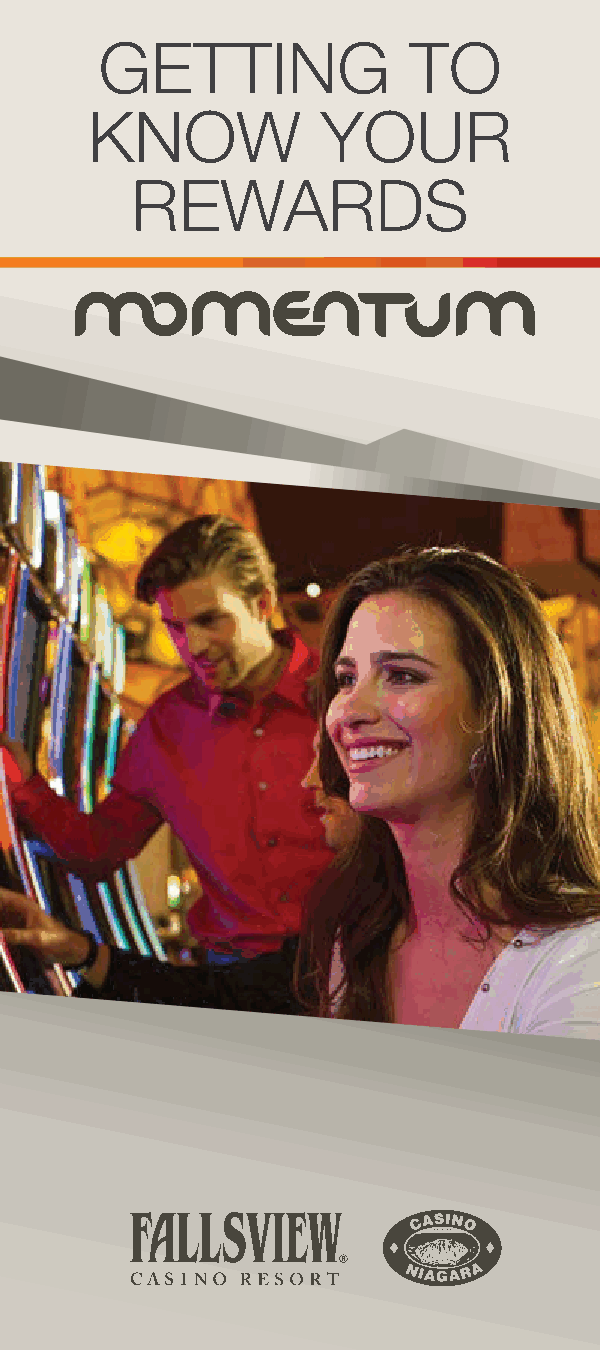
GETTING             TO
 KNOW           YOUR
 REWARDS